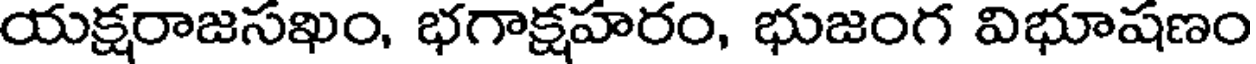
యక్షరాజసఖం, భగాక్షహరం, భుజంగ విభూషణం